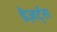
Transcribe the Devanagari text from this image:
डेज़र्ट्स